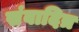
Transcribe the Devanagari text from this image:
संवादित्र